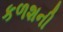
કળશની